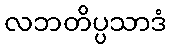
လဘတိပ္ပသာဒံ